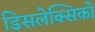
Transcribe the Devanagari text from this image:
डिसलेक्सिकों